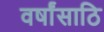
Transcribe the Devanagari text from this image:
वर्षांसाठि